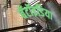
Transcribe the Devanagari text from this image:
बॅटॉइडिया